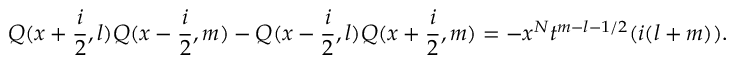
Q ( x + \frac { i } { 2 } , l ) Q ( x - \frac { i } { 2 } , m ) - Q ( x - \frac { i } { 2 } , l ) Q ( x + \frac { i } { 2 } , m ) = - x ^ { N } t ^ { m - l - 1 / 2 } ( i ( l + m ) ) .